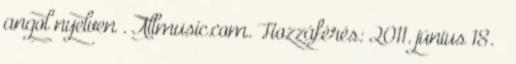
angol nyelven . Allmusic.com. Hozzáférés: 2011. június 18. ↑